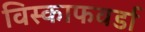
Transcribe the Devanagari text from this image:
विस्काफवर्डा